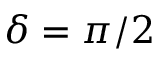
\delta = \pi / 2